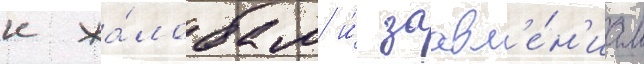
к жа́лобам и́ заавл'е́н'иам